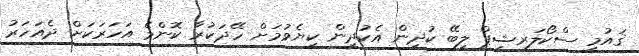
ޤައުމީ ސްކޯލަރޝިޕް ލިބޭ ކުދިން އެކުދިން ކިޔެވުމަށް ހޭދަކުރާ ކޮންމެ އަހަރަކަށް ދެއަހަރު